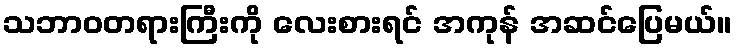
သဘာဝတရားကြီးကို လေးစားရင် အကုန် အဆင်ပြေမယ်။